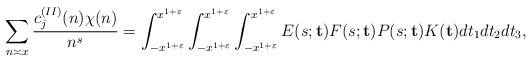
LaTeX: \begin{align*}\sum_{n\asymp x}\frac{c_j^{(II)}(n)\chi(n)}{n^s}=\int_{-x^{1+\varepsilon}}^{x^{1+\varepsilon}} \int_{-x^{1+\varepsilon}}^{x^{1+\varepsilon}} \int_{-x^{1+\varepsilon}}^{x^{1+\varepsilon}} E(s;\mathbf{t})F(s;\mathbf{t})P(s;\mathbf{t})K(\mathbf{t})dt_1 dt_2 dt_3,\end{align*}